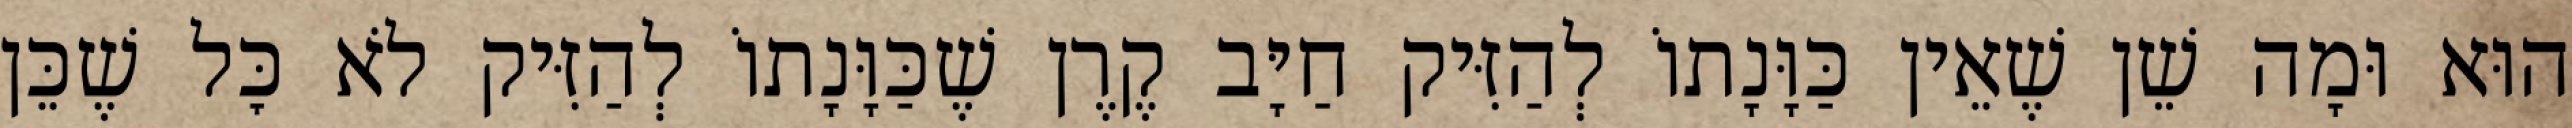
הוּא וּמָה שֵׁן שֶׁאֵין כַּוָּנָתוֹ לְהַזִּיק חַיָּב קֶרֶן שֶׁכַּוָּנָתוֹ לְהַזִּיק לֹא כׇּל שֶׁכֵּן